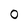
Character: 0